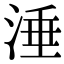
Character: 涶